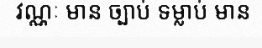
វណ្ណៈ មាន ច្បាប់ ទម្លាប់ មាន